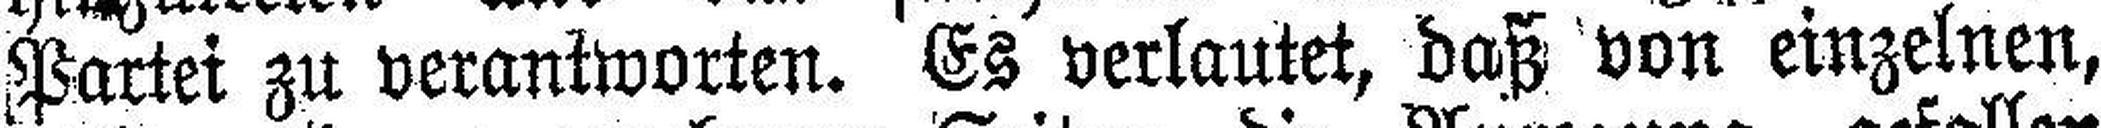
Partei zu verantworten. Es verlautet, daß von einzelnen,